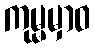
ကုမ္မမှာဝ